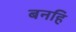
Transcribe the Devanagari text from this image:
बनहि